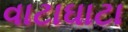
વાટાઘાટા